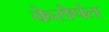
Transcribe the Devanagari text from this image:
केरोपंत